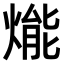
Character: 𤌶